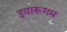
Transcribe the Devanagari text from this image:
इयारूंगम